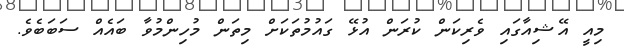
މިއީ އޭޝިއާގައި ވެރިކަން ކުރަން އުޅޭ ގައުމުތަކަށް މިތަން މުހިންމުވާ ބައެއް ސަބަބެވެ.